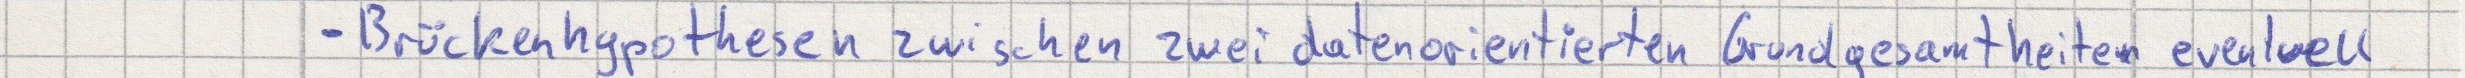
- Brückenhypothesen zwischen zwei datenorientierten Grundgesamtheiten eventuell